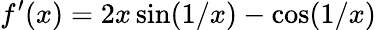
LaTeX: f^{\prime}(x)=2x\sin(1/x)-\cos(1/x)